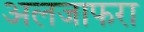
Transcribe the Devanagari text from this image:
अलजाफरा